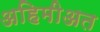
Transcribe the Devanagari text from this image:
अहिमीअत